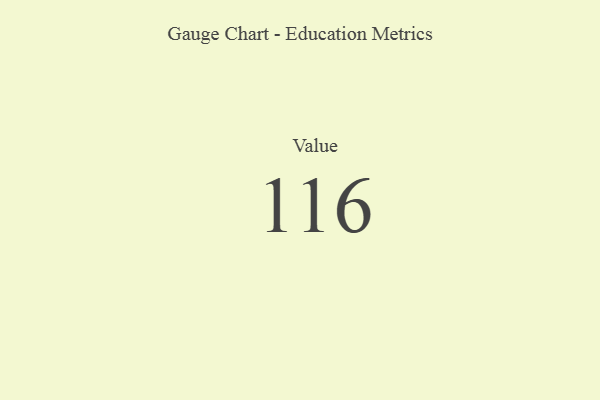
{"axis": {"x": "Metric", "y": "Value"}, "legend": [""], "data": [{"x": "Value", "y": 116, "type": ""}]}